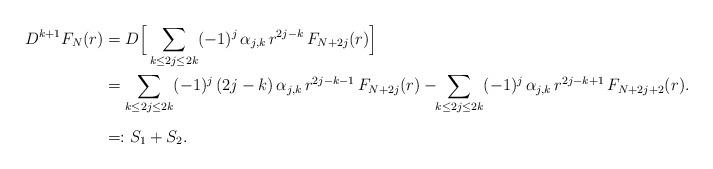
LaTeX: \begin{align*}D^{k+1}F_N(r) &= D\Big[\sum_{k \le 2j \le 2k} (-1)^j \, \alpha_{j,k} \, r^{2j-k} \, F_{N+2j}(r)\Big] \\&= \sum_{k \le 2j \le 2k} (-1)^j \, (2j-k) \, \alpha_{j,k}\, r^{2j-k-1} \, F_{N+2j}(r)-\!\!\sum_{k \le 2j \le 2k} (-1)^j \, \alpha_{j,k}\, r^{2j-k+1} \, F_{N+2j+2}(r). \\\noalign{\medskip}&=: S_1+S_2.\end{align*}